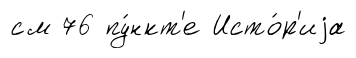
см 76 пу́нкт'е Исто́р'иjа